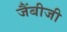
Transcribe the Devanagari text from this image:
जैंबीजी